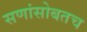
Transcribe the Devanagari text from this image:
सणांसोबतच